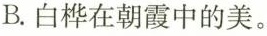
B.白桦在朝霞中的美。